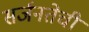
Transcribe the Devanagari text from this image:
सर्जनतेची